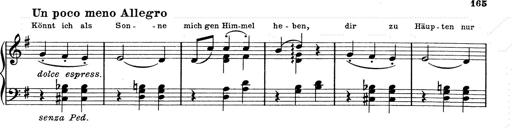
Title: 6 Polish Songs
Composer: Franz Liszt